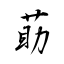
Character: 莇